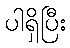
ပါရှိပြီး